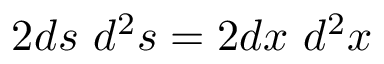
2 d s \ d ^ { 2 } s = 2 d x \ d ^ { 2 } x